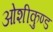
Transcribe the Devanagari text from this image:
ओशीकुण्ड